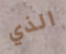
الذي